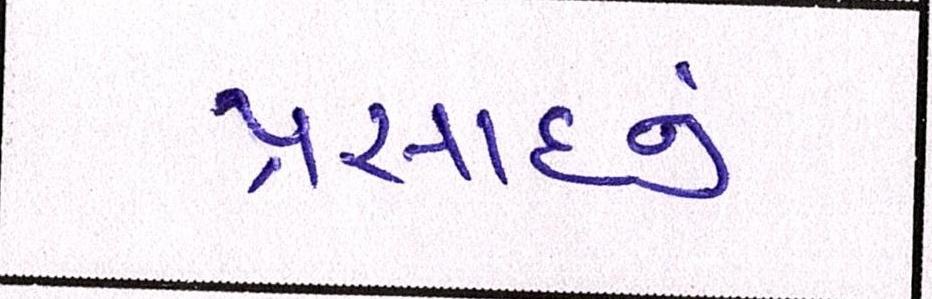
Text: પ્રસાદનું